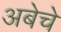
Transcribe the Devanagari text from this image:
अबेचे